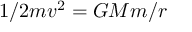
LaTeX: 1 / 2 m v ^ { 2 } = G M m / r